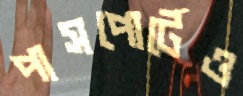
পাসপোর্টেও